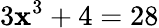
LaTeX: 3\mathbf{x}^{3}+4=28